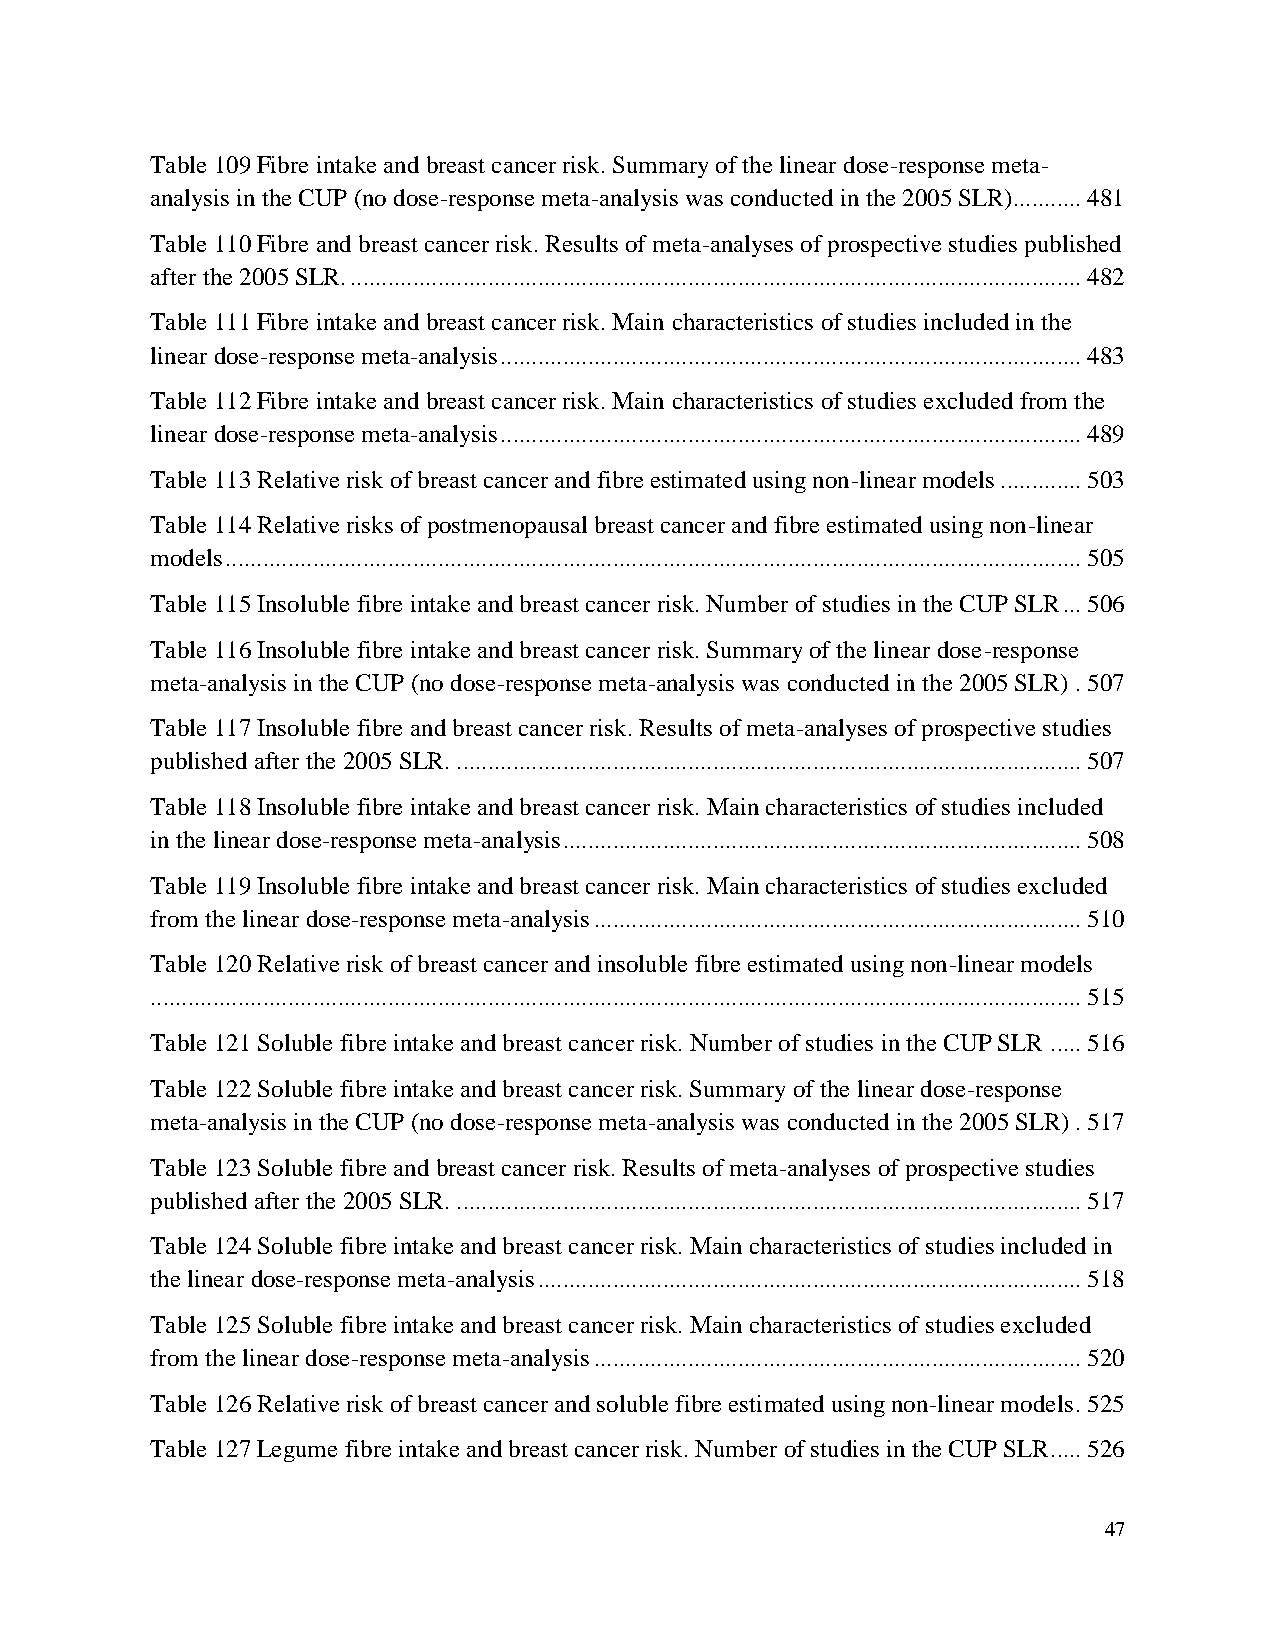
Table 109 Fibre intake and breast cancer risk. Summary of the linear dose-response meta-
 analysis in the CUP (no dose-response meta-analysis was conducted in the 2005 SLR) ........... 481
 Table 110 Fibre and breast cancer risk. Results of meta-analyses of prospective studies published
 after the 2005 SLR. ..................................................................................................................... 482
 Table 111 Fibre intake and breast cancer risk. Main characteristics of studies included in the
 linear dose-response meta-analysis ............................................................................................. 483
 Table 112 Fibre intake and breast cancer risk. Main characteristics of studies excluded from the
 linear dose-response meta-analysis ............................................................................................. 489
 Table 113 Relative risk of breast cancer and fibre estimated using non-linear models ............. 503
 Table 114 Relative risks of postmenopausal breast cancer and fibre estimated using non-linear
 models ......................................................................................................................................... 505
 Table 115 Insoluble fibre intake and breast cancer risk. Number of studies in the CUP SLR ... 506
 Table 116 Insoluble fibre intake and breast cancer risk. Summary of the linear dose-response
 meta-analysis in the CUP (no dose-response meta-analysis was conducted in the 2005 SLR) . 507
 Table 117 Insoluble fibre and breast cancer risk. Results of meta-analyses of prospective studies
 published after the 2005 SLR. .................................................................................................... 507
 Table 118 Insoluble fibre intake and breast cancer risk. Main characteristics of studies included
 in the linear dose-response meta-analysis ................................................................................... 508
 Table 119 Insoluble fibre intake and breast cancer risk. Main characteristics of studies excluded
 from the linear dose-response meta-analysis .............................................................................. 510
 Table 120 Relative risk of breast cancer and insoluble fibre estimated using non-linear models
 ..................................................................................................................................................... 515
 Table 121 Soluble fibre intake and breast cancer risk. Number of studies in the CUP SLR ..... 516
 Table 122 Soluble fibre intake and breast cancer risk. Summary of the linear dose-response
 meta-analysis in the CUP (no dose-response meta-analysis was conducted in the 2005 SLR) . 517
 Table 123 Soluble fibre and breast cancer risk. Results of meta-analyses of prospective studies
 published after the 2005 SLR. .................................................................................................... 517
 Table 124 Soluble fibre intake and breast cancer risk. Main characteristics of studies included in
 the linear dose-response meta-analysis ....................................................................................... 518
 Table 125 Soluble fibre intake and breast cancer risk. Main characteristics of studies excluded
 from the linear dose-response meta-analysis .............................................................................. 520
 Table 126 Relative risk of breast cancer and soluble fibre estimated using non-linear models . 525
 Table 127 Legume fibre intake and breast cancer risk. Number of studies in the CUP SLR ..... 526
 47